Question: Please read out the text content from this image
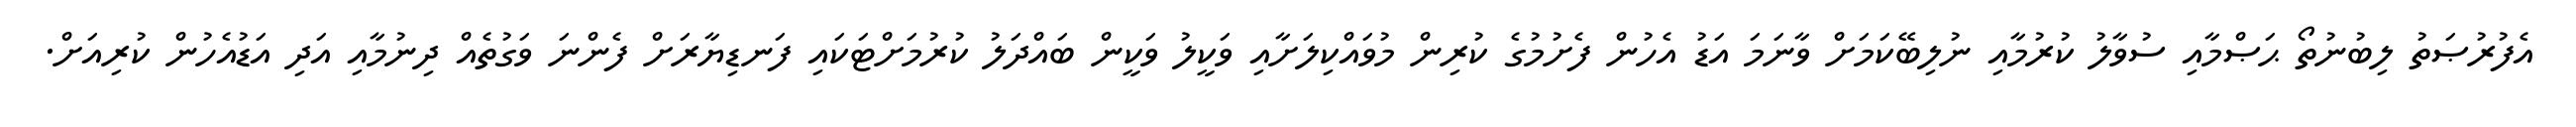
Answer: އެފުރުޞަތު ލިބުނުތޯ ޙަޞްމާއި ސުވާލު ކުރުމާއި ނުލިބޭކަމަށް ވާނަމަ އަޑު އެހުން ފެށުމުގެ ކުރިން މުވައްކިލަށާއި ވަކީލު ވަކީން ބައްދަލު ކުރުމަށްޓަކައި ފަނޑިޔާރަށް ފެންނަ ވަގުތެއް ދިނުމާއި އަދި އަޑުއެހުން ކުރިއަށް.